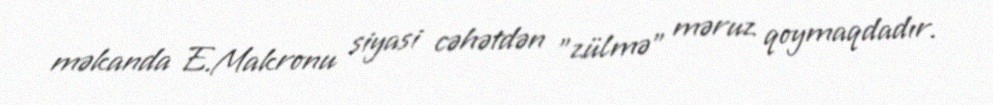
məkanda E.Makronu siyasi cəhətdən "zülmə" məruz qoymaqdadır.